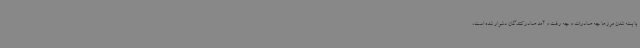
با بسته شدن مرزها چه صادرات و چه رفت و آمد صادرکنندگان دشوار شده است،